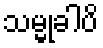
သမ္မုခါပိ